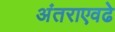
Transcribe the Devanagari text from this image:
अंतराएवढे